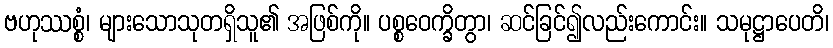
ဗဟုဿစ္စံ၊ များသောသုတရှိသူ၏ အဖြစ်ကို။ ပစ္စဝေက္ခိတွာ၊ ဆင်ခြင်၍လည်းကောင်း။ သမုဋ္ဌာပေတိ၊